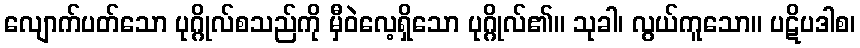
လျောက်ပတ်သော ပုဂ္ဂိုလ်စသည်ကို မှီဝဲလေ့ရှိသော ပုဂ္ဂိုလ်၏။ သုခါ၊ လွယ်ကူသော။ ပဋိပဒါစ၊